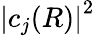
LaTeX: \left|c_{j}(R)\right|^{2}